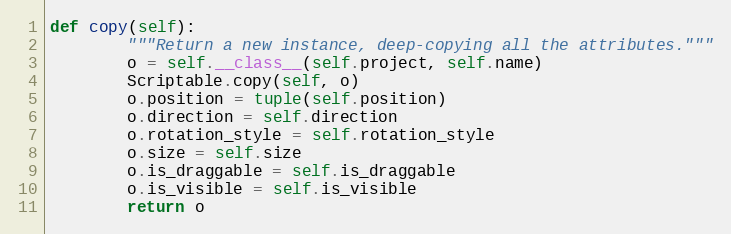
Language: Python
def copy(self):
        """Return a new instance, deep-copying all the attributes."""
        o = self.__class__(self.project, self.name)
        Scriptable.copy(self, o)
        o.position = tuple(self.position)
        o.direction = self.direction
        o.rotation_style = self.rotation_style
        o.size = self.size
        o.is_draggable = self.is_draggable
        o.is_visible = self.is_visible
        return o